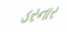
ડરનાર